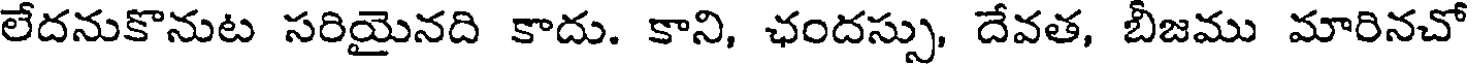
లేదనుకొనుట సరియైనది కాదు. కాని, ఛందస్సు, దేవత, బీజము మారినచో